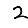
Digit: 2